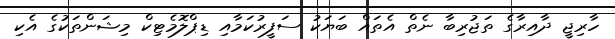
ހާރިޖީ ދާއިރާގެ ތަޖުރިބާ ނެތް އެތައް ބަޔަކު ސަފީރުކަމާއި ޑިޕްލޮމެޓިކް މިޝަންތަކުގެ އެކި